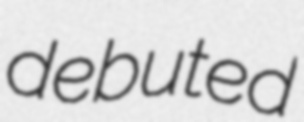
debuted